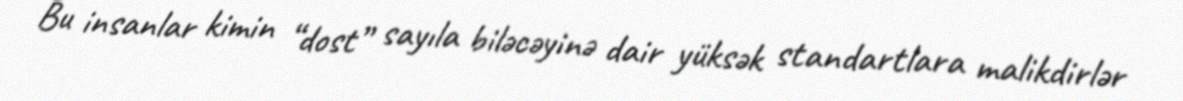
Bu insanlar kimin “dost” sayıla biləcəyinə dair yüksək standartlara malikdirlər